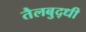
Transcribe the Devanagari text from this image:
तैलबुद्धी